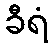
ခီရံ